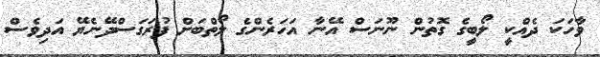
ވާހަކަ ދެއްކީ ލޯބީގެ ގޮތުން ނޫނަސް އޭނާ އަހަރެންގެ ލޯތްބަށް ފުރަގަސްދޭނެޔޭ އަދިވެސް